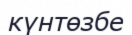
күнтөзбе